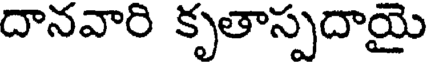
దానవారి కృతాస్పదాయై